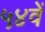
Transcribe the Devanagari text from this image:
५४वें